Vaccination Hyderabad 1890-1903 - 1890-1903
Year: 1890
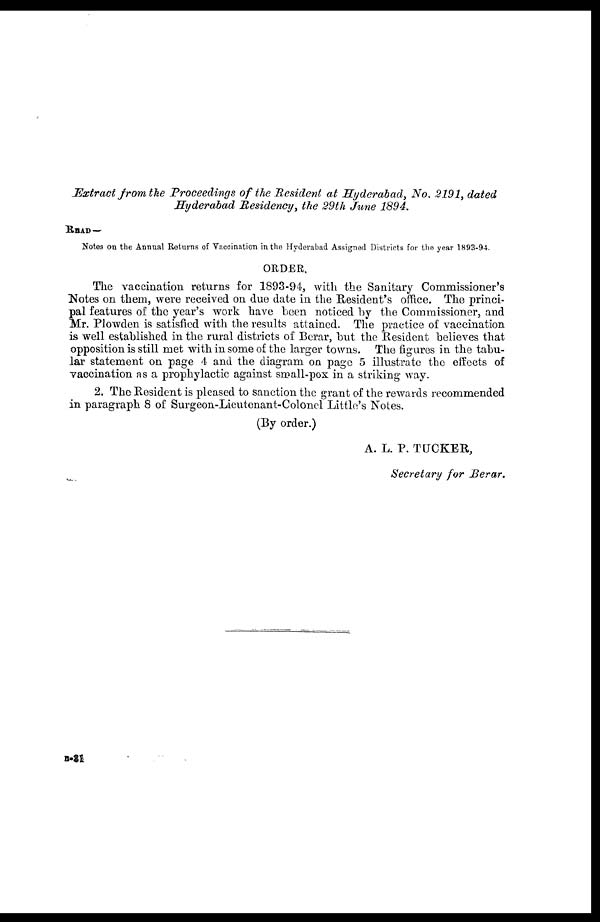
Extract from the Proceedings of the Resident at Hyderabad, No. 2191, dated
Hyderabad Residency, the 29th June 1894.
READ—
Notes on the Annual Returns of Vaccination in the Hyderabad Assigned Districts for the year 1893-94.
ORDER.
The vaccination returns for 1893-94, with the Sanitary Commissioner's
Notes on them, were received on due date in the Resident's office. The princi-
pal features of the year's work have been noticed by the Commissioner, and
Mr. Plowden is satisfied with the results attained. The practice of vaccination
is well established in the rural districts of Berar, but the Resident believes that
opposition is still met with in some of the larger towns. The figures in the tabu-
lar statement on page 4 and the diagram on page 5 illustrate the effects of
vaccination as a prophylactic against small-pox in a striking way.
2. The Resident is pleased to sanction the grant of the rewards recommended
in paragraph 8 of Surgeon-Lieutenant-Colonel Little's Notes.
(By order.)
A. L. P. TUCKER,
Secretary for Berar.
B-21